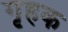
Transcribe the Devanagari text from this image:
गृहक